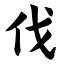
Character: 伐